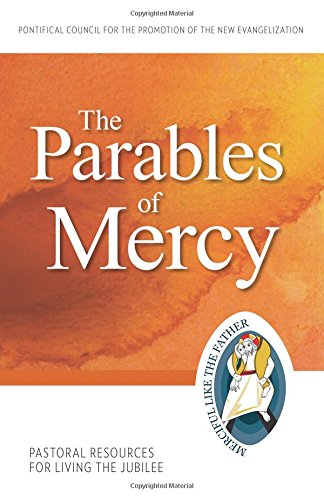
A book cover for The Parables of Mercy: Pastoral Resources for Living the Jubilee (Jubilee Year of Mercy); Pontifical Council for the Promotion of the New Evangelization; Christian Books & Bibles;